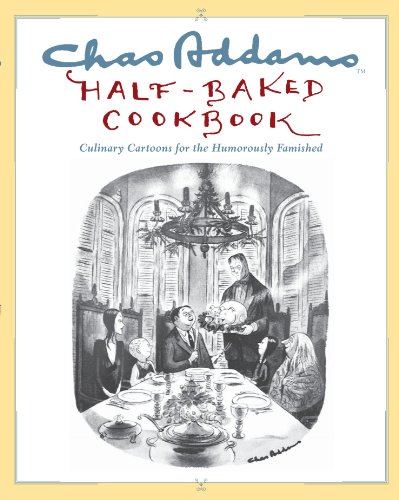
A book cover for Chas Addams Half-Baked Cookbook: Culinary Cartoons for the Humorously Famished; Charles Addams; Humor & Entertainment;